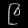
Digit: ၉